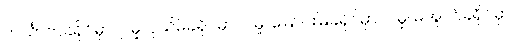
ဟင်္သာတခရိုင်မှာ ၇ မှု၊ ပုသိမ်ခရိုင်မှာ ၂ မှု၊ မြောင်းမြခရိုင်မှာ ၂ မှု၊ မအူပင်ခရိုင်မှာ